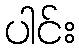
ပါင်း